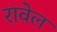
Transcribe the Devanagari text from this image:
रावेल